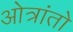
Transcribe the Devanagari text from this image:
ओत्रांतो